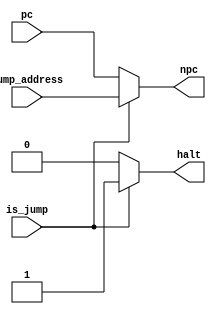
module control(
			   input wire 		 is_jump,//from ex
			   input wire [31:0] jump_address,//from ex
			   input wire [31:0] pc,//from if
			   
			   output reg [31:0] npc,
			   output reg 		 halt
			   );


   assign npc = (is_jump) ? jump_address : pc;
   assign halt = (is_jump) ? 1 : 0;
   
   
endmodule